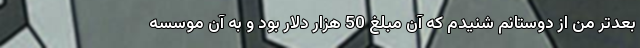
بعدتر من از دوستانم شنیدم که آن مبلغ 50 هزار دلار بود و به آن موسسه